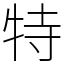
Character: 特